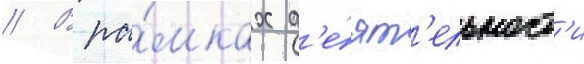
// В ра́мках д'е́ят'ельност'и